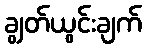
ချွတ်ယွင်းချက်